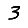
Digit: 3